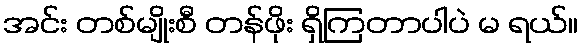
အင်း တစ်မျိုးစီ တန်ဖိုး ရှိကြတာပါပဲ မ ရယ်။